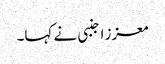
معزز اجنبی نے کہا۔